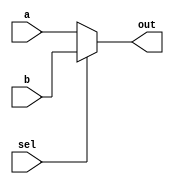
module mux16_2way(a,b,sel,out);
	input[15:0] a,b;
	input sel;
	output wire[15:0] out;
	
	assign out=sel?b:a;
endmodule